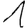
Digit: 1